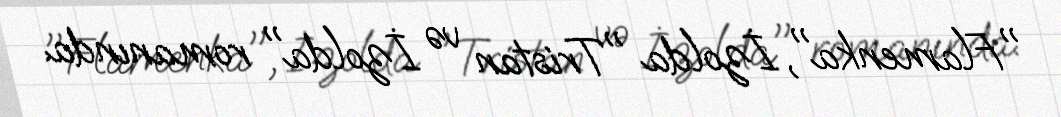
"Flamenka", İzolda "Tristan və İzolda" romanında.